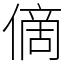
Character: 㒀